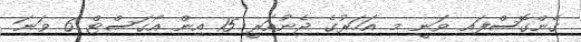
ގެންގޮސްފައި ވަނީ މި އަހަރުގެ ޖެނުއަރީ 15 އިން އޯގަސްޓް 6 ވަނަ